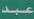
عبد